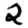
Digit: 2